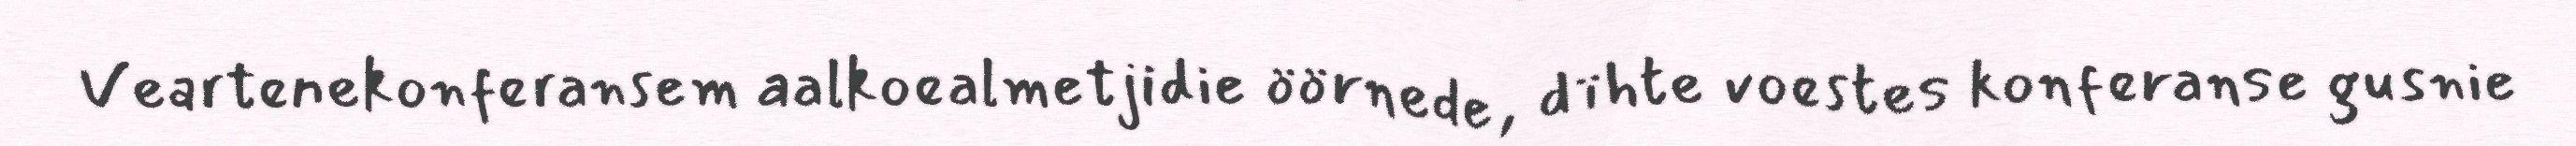
Veartenekonferansem aalkoealmetjidie öörnede, dïhte voestes konferanse gusnie